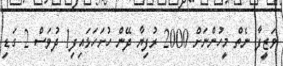
ވަޒީފާ ނެތް މީހުންނަށް 2000 ރުފިޔާ ދޭން ހުށަހަޅައިފި1 ދުވަސް 2 ގަޑި